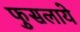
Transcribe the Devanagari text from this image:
फुसलाये